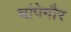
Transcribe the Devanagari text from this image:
चांपेगौर